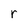
Character: r